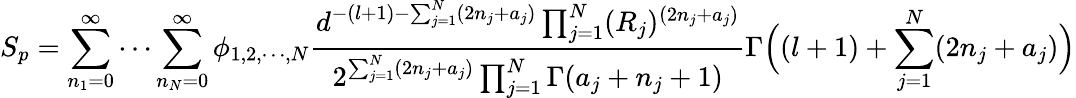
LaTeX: S_{p}=\sum_{n_{1}=0}^{\infty}\cdots\sum_{n_{N}=0}^{\infty}\phi_{1,2,\cdots,N}\frac{d^{-(l+1)-\sum_{j=1}^{N}(2n_{j}+a_{j})}\prod_{j=1}^{N}(R_{j})^{(2n_{j}+a_{j})}}{2^{\sum_{j=1}^{N}(2n_{j}+a_{j})}\prod_{j=1}^{N}\Gamma(a_{j}+n_{j}+1)}\Gamma\Big((l+1)+\sum_{j=1}^{N}(2n_{j}+a_{j})\Big)